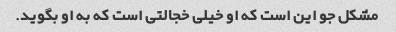
مشکل جو این است که او خیلی خجالتی است که به او بگوید.